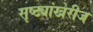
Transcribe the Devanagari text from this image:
सृष्ट्यांखेरीज